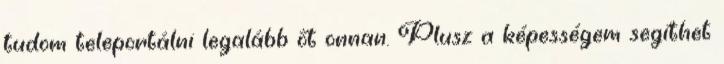
tudom teleportálni legalább őt onnan. Plusz a képességem segíthet